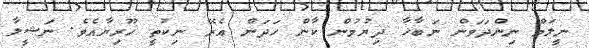
ނީލަމް ނިންދަވަން ނަބާހާ ދިޔުމުން ކާން ހަދަން އެރޭ ނިކުތީ ހޫރިޔާއެވެ. ނަޝީލާ